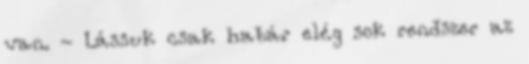
van. - Lássuk csak habár elég sok rendszer az